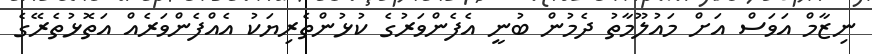
ނިޒާމް އަވަސް އަށް މައުލޫމާތު ދެމުން ބުނީ އެފެންވަރުގެ ކުުޅުންތެރިޔަކު އެއްފެންވަރެއް އަތޮޅުތެރޭގެ